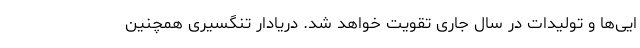
ایی‌ها و تولیدات در سال جاری تقویت خواهد شد. دریادار تنگسیری همچنین